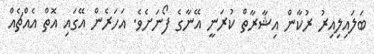
ބަލައިލިއިރު ރުކާން އިޝާރާތް ކުރަނީ އޭނާގެ ފޯނަށެވެ. އަހަރެން އޭގައި އޮތް އެއްޗެއް